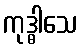
ကုဒ္ဓါသေ